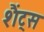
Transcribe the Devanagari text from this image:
शैंट्स